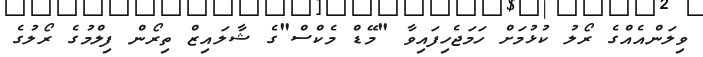
ވިލަންއެއްގެ ރޯލު ކުޅުމަށް ހަމަޖެހިފައިވާ "މޭޑް މެކްސް"ގެ ޝާލައިޒް ތިރޯން ފިލްމުގެ ރޯލުގެ